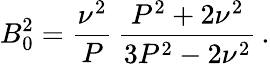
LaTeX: B_{0}^{2}=\frac{\nu^{2}}{P}\, \frac{P^{2}+2\nu^{2}}{3P^{2}-2\nu^{2}}\, .